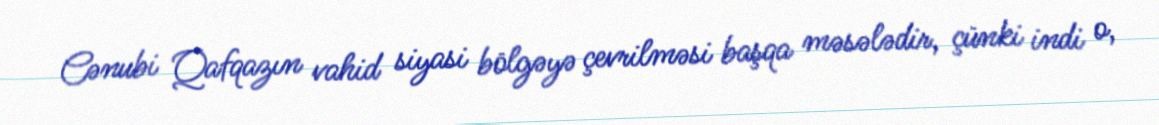
Cənubi Qafqazın vahid siyasi bölgəyə çevrilməsi başqa məsələdir, çünki indi o,